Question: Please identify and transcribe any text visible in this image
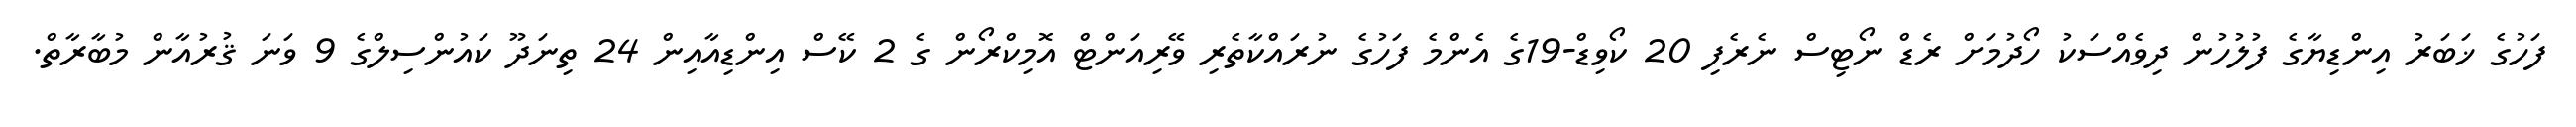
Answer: ފަހުގެ ޚަބަރު އިންޑިޔާގެ ފުލުހުން ދިވެއްސަކު ހޯދުމަށް ރެޑް ނޯޓިސް ނެރެފި 20 ކޯވިޑް-19ގެ އެންމެ ފަހުގެ ނުރައްކާތެރި ވޭރިއަންޓް އޮމިކްރޯން ގެ 2 ކޭސް އިންޑިއާއިން 24 ތިނަދޫ ކައުންސިލްގެ 9 ވަނަ ޤުރުއާން މުބާރާތް.